Leningradi_Edasi_toimetus, lk 74
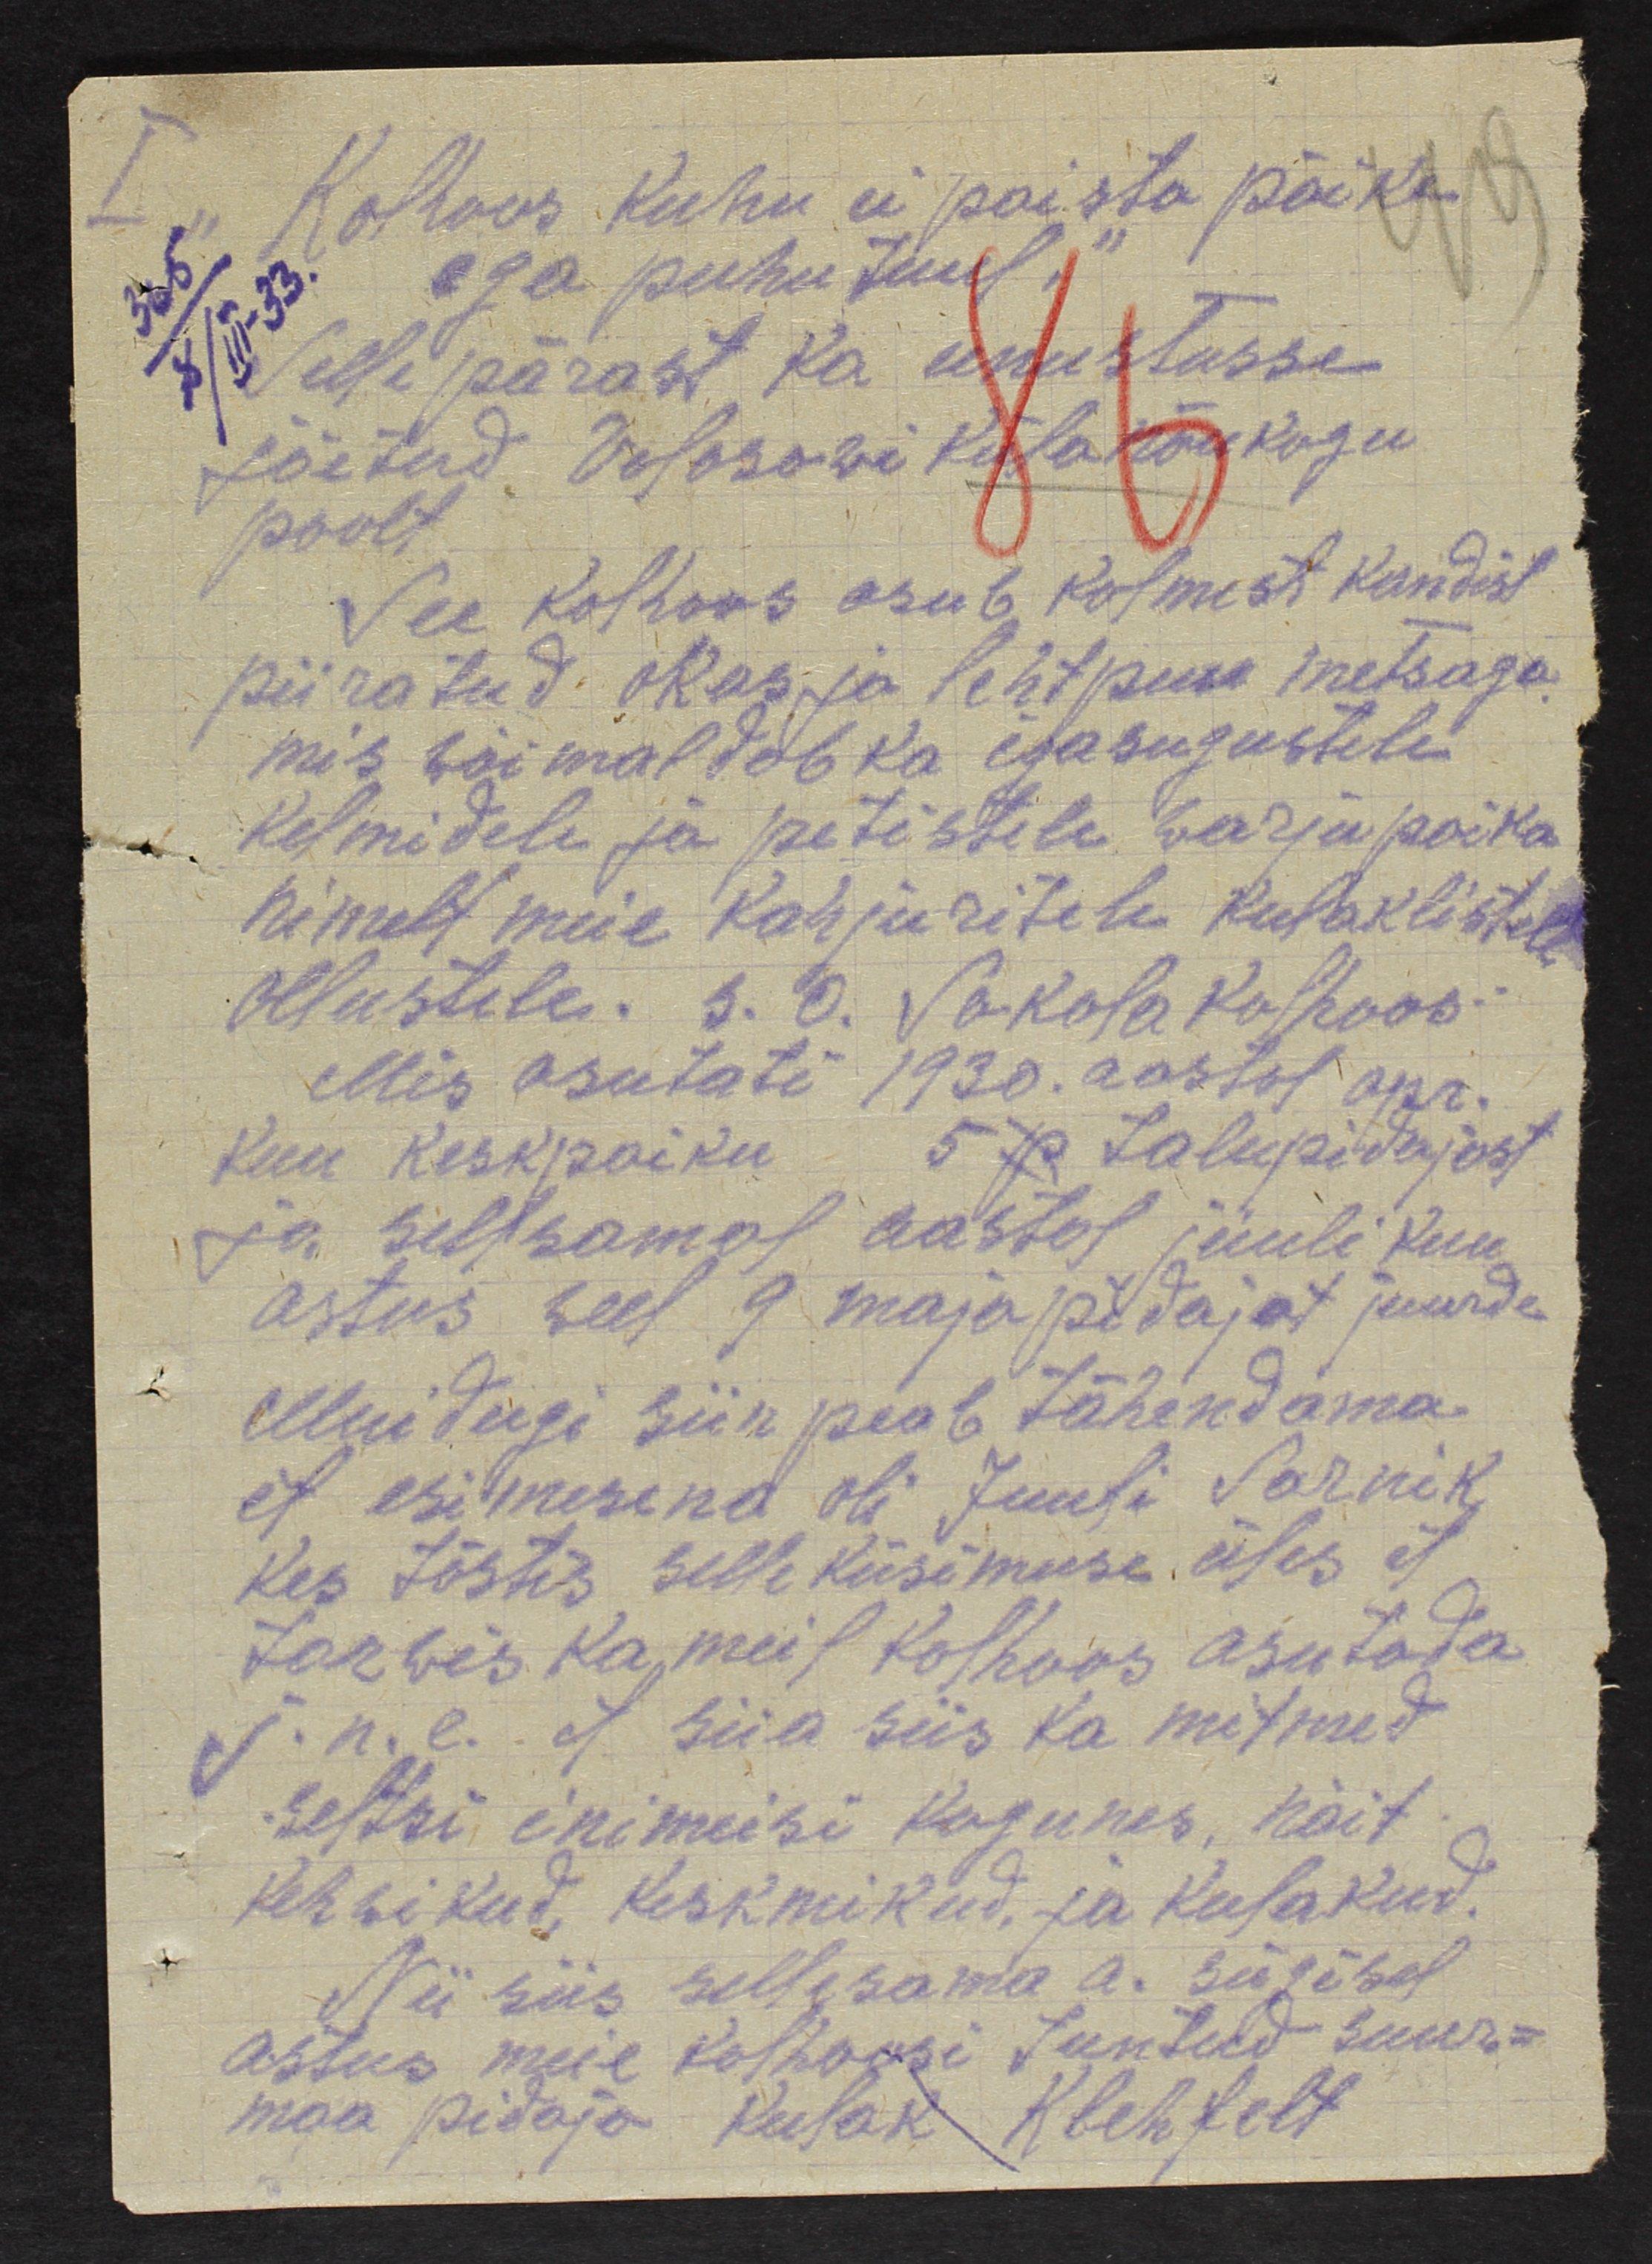
Kolhoos kuhu ei paista päike
ega puhu tuul.
Selle pärast ka unustusse
jõetud Volosowi külanõukogu
poolt
See kolhoos asub kolmest kandist
piiratud okas ja lehtpuu metsaga
mis wõimaldab ka igasugustele
Kelmidele ja petistele warjupaika
nimelt meie kahjuritele kulaklistele
Ollusteles. s. o. Sakola Kolhoos
Mis asutati 1930. aastal apr.
kuu keskpaiku 5 ja talupidajast
ja sellsamal aastal juuli kuu
astus weel 9 majapidajat juurde
Muidugi siin peab tähendama
et esimesena oli Juuli Sarnik
kes tõstis selle küsimuse üles et
tarwis ka meil kohoos asutada
j.n.e. et siia siis ka mitmed
seltsi inimeisi kogunes, näit
kehwikud, keskmikud, ja kulakud.
Nii siis sellesama a. sügisel
astus meie kolhoosi tuntud suur-
maa pidaja Kulak Klehfelt